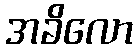
အခိလော